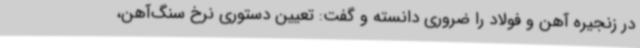
در زنجیره آهن و فولاد را ضروری دانسته و گفت: تعیین دستوری نرخ سنگ‌آهن،